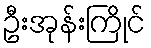
ဦးအုန်းကြိုင်